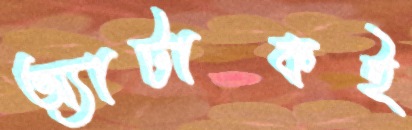
অ্যাটাকই